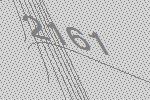
2161